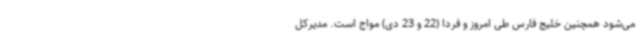
می‌شود همچنین خلیج فارس طی امروز و فردا (22 و 23 دی) مواج است. مدیرکل